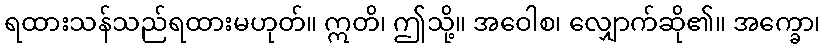
ရထားသန်သည်ရထားမဟုတ်။ ဣတိ၊ ဤသို့။ အဝေါစ၊ လျှောက်ဆို၏။ အက္ခော၊